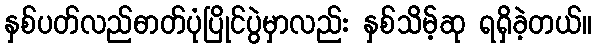
နှစ်ပတ်လည်ဓာတ်ပုံပြိုင်ပွဲမှာလည်း နှစ်သိမ့်ဆု ရရှိခဲ့တယ်။